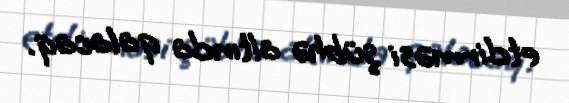
etdirməsi şübhə altında qalacaq.